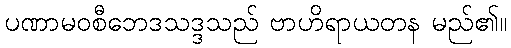
ပဏာမဝစီဘေဒသဒ္ဒသည် ဗာဟိရာယတန မည်၏။